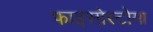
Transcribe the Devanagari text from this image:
फाइसोस्टोमा